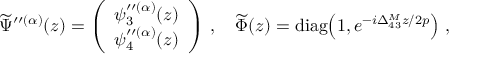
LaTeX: \widetilde \Psi ^ { \prime \prime ( \alpha ) } ( z ) = \left( \begin{array} { c } { { \psi _ { 3 } ^ { \prime \prime ( \alpha ) } ( z ) } } \\ { { \psi _ { 4 } ^ { \prime \prime ( \alpha ) } ( z ) } } \end{array} \right) \, , \quad \widetilde \Phi ( z ) = \mathrm { d i a g } \! \left( 1 , e ^ { - i \Delta _ { 4 3 } ^ { M } z / 2 p } \right) \, ,